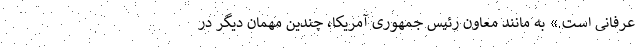
عرفانی است.» به مانند معاون رئیس جمهوری آمریکا، چندین مهمان دیگر در